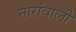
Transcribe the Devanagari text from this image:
नारांवाली